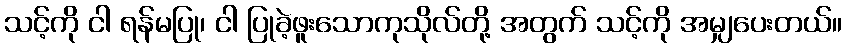
သင့်ကို ငါ ရန်မပြု၊ ငါ ပြုခဲ့ဖူးသောကုသိုလ်တို့ အတွက် သင့်ကို အမျှပေးတယ်။